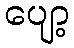
ပျော့